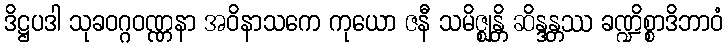
ဒိဋ္ဌပဒါ သုခဝဂ္ဂဝဏ္ဏနာ အဝိနာသကေ ကုယော ဇနီ သမိဇ္ဈန္တိ ဆိန္ဒန္တဿ ခဏ္ဍိစ္စာဒိဘာဝံ